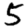
Digit: 5